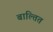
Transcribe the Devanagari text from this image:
बाल्तित